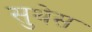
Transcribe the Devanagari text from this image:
सुथेस